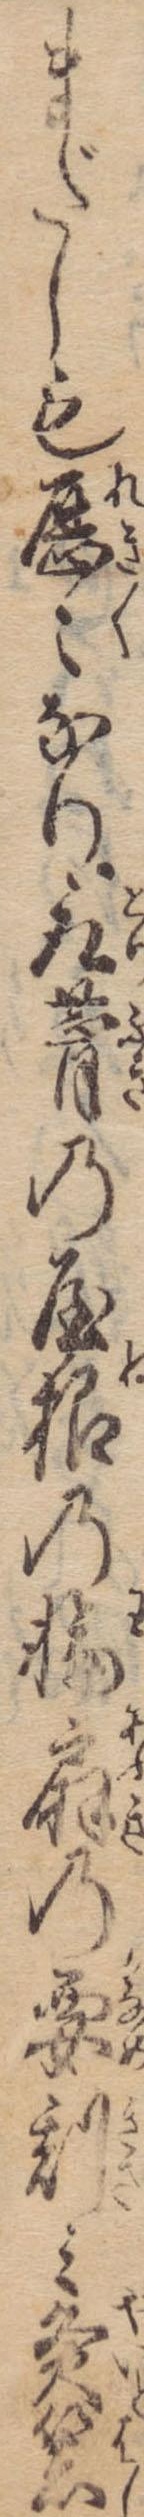
まだしも歴々なり取の屋根の輪扇の要刻み灸箸